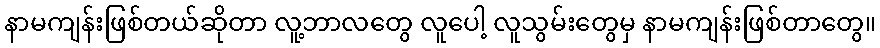
နာမကျန်းဖြစ်တယ်ဆိုတာ လူ့ဘာလတွေ လူပေါ့ လူသွမ်းတွေမှ နာမကျန်းဖြစ်တာတွေ။